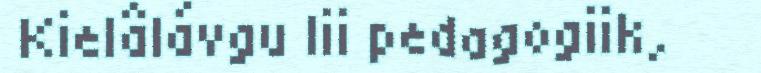
Kielâlávgu lii pedagogiik,